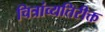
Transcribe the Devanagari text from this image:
चित्रांव्यतिरीक्त